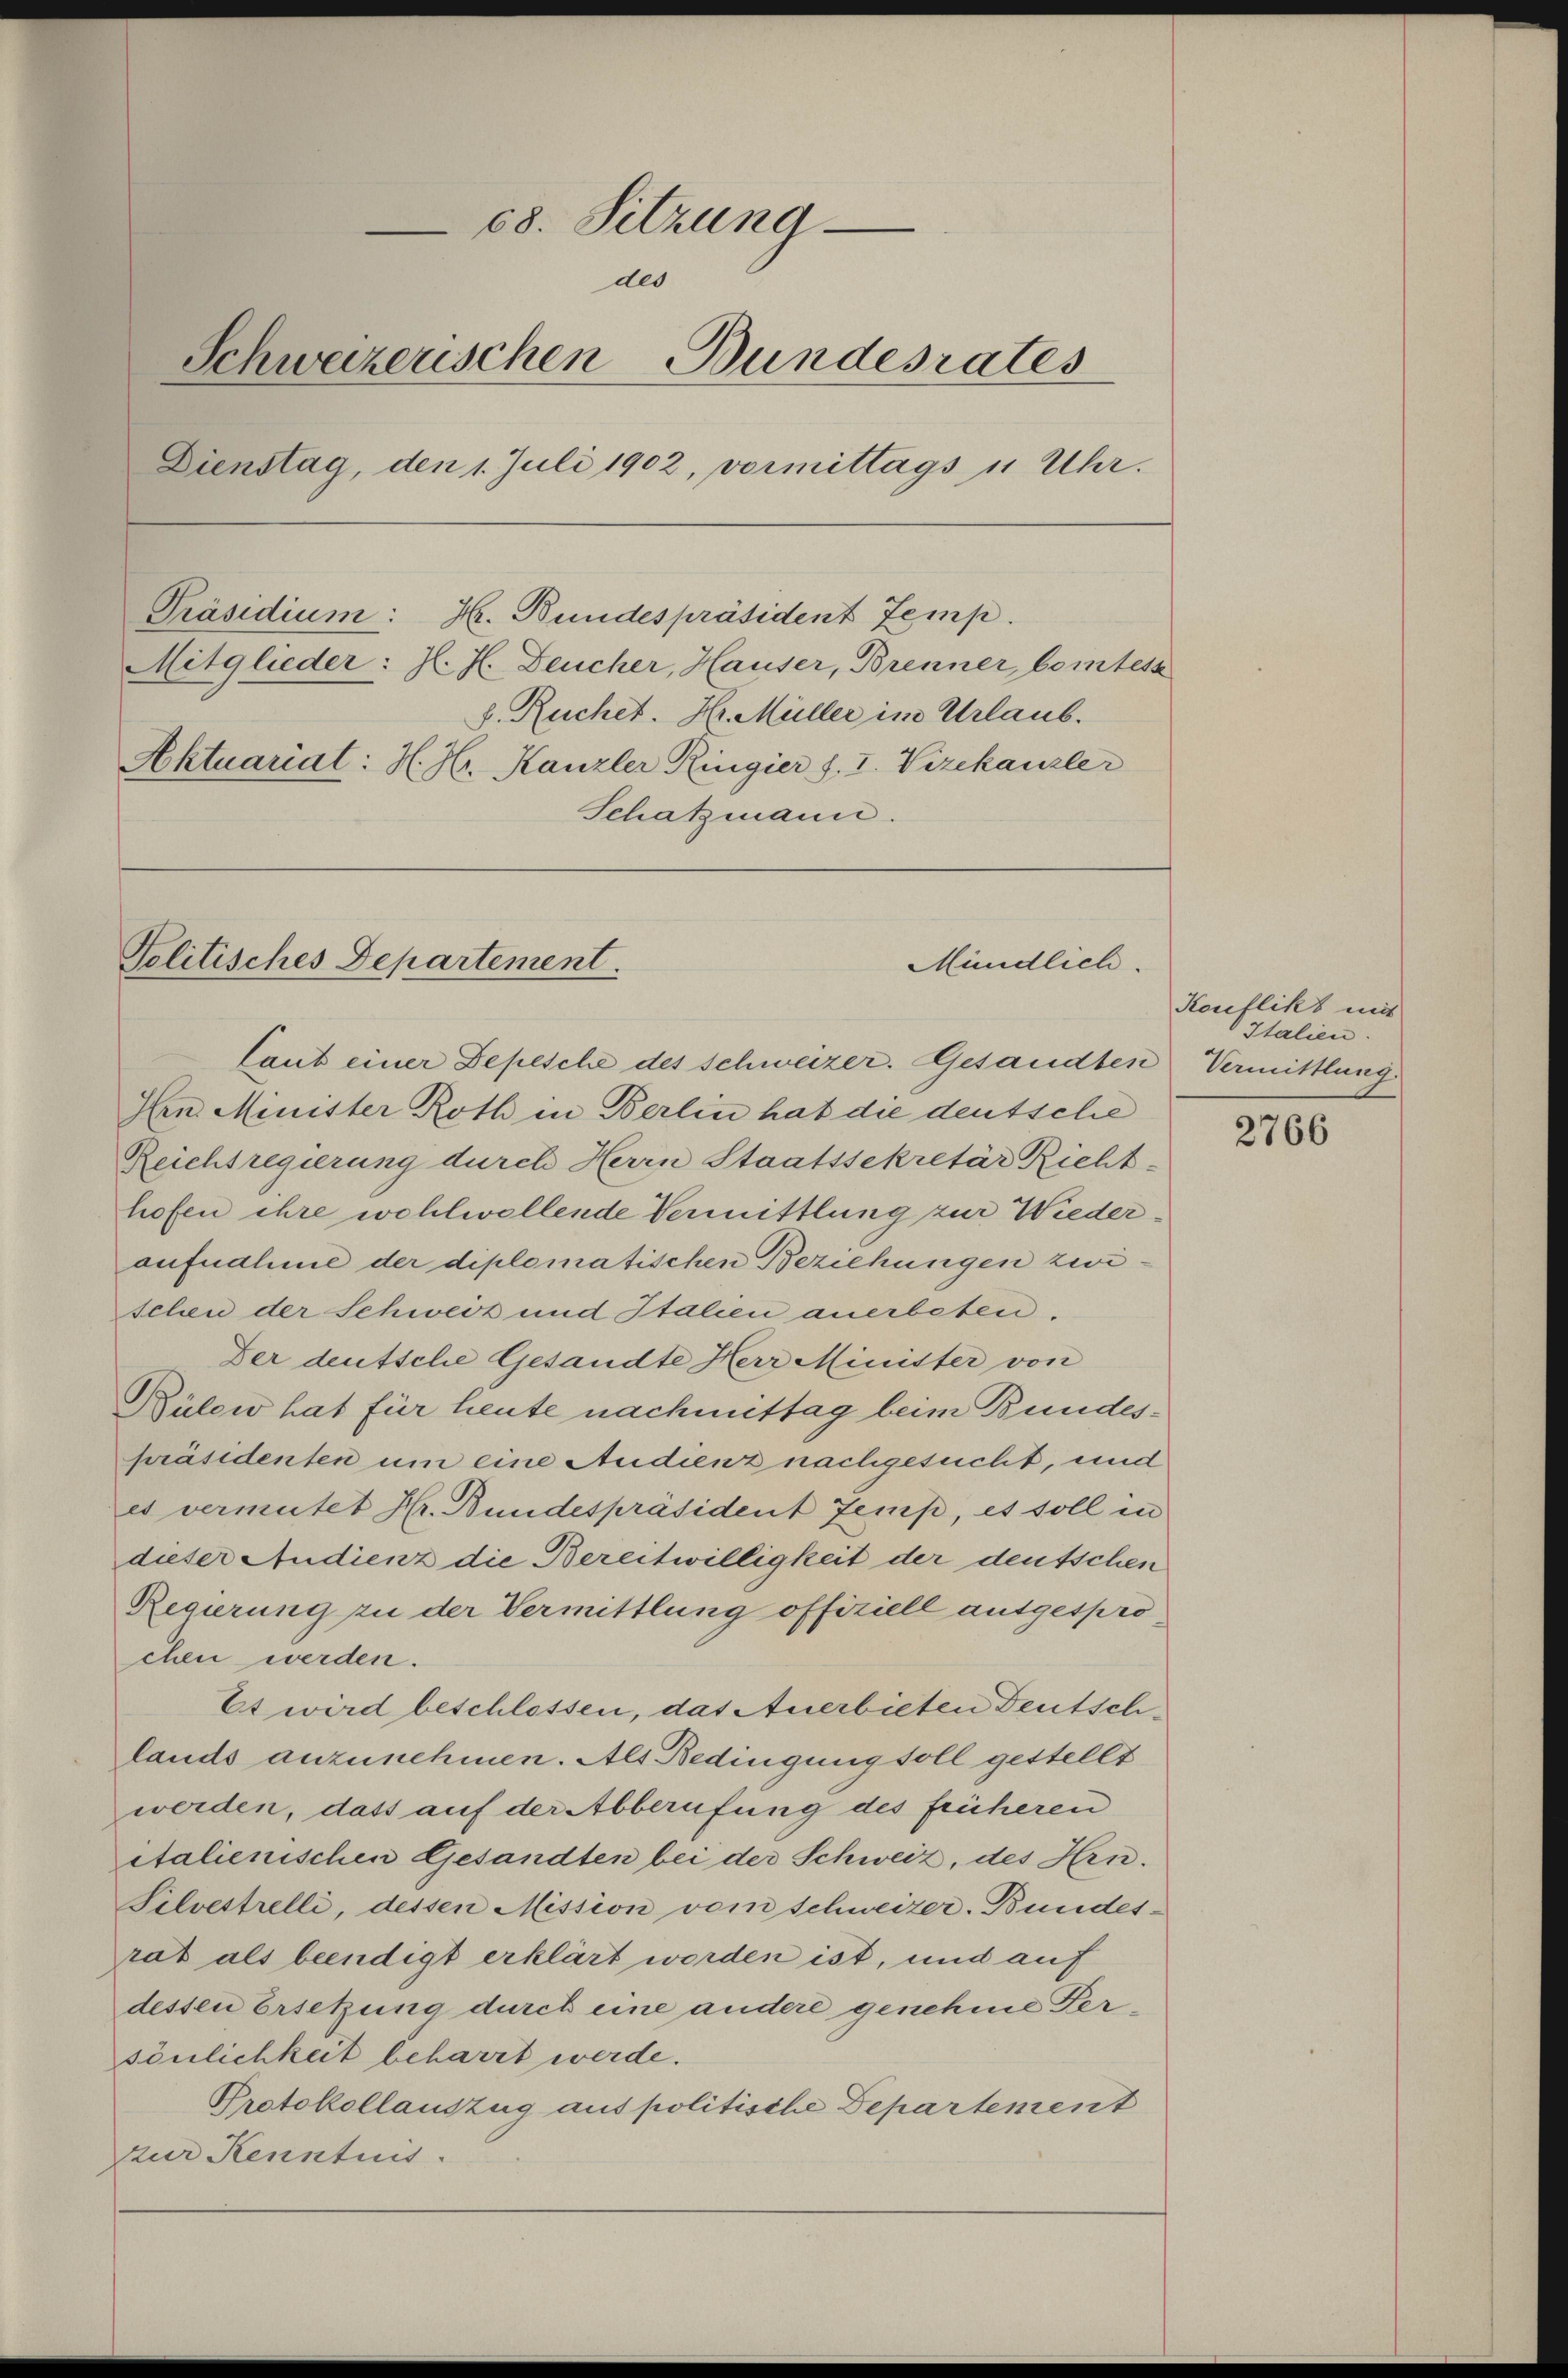
68. Sitzung
des
Schweizerischen Bundesrates
Dienstag, den 1. Juli 1902, vormittags u Uhr.
Präsidium: Hr. Bundespräsident Temp
Mitglieder: H. H. Deucher, Hauser, Brenner, bomtess
8. Ruchet. Hr. Müller im Urlaub.
Aktuariat: H. Hr. Kanzler Ringier J. I. Vizekanzle
Schatzmann.

Politisches Departement.

Mündlich.

Caut einer Depesche des schweizer. Gesandten Vermittlung
Ihrn. Minister Roth in Berlin hat die deutsche
Reichsregierung durch Herrn Staatssekretär Richt-
hofen ihre wohlwollende Vermittlung zur Wiederaufnahme der diplomatischen Beziehungen zwischen der Schweiz und Italien anerbeten.
Der deutsche Gesandte Herr Minister von
Bülow hat für heute nachmittag beim Bundespräsidenten um eine Audienz nachgesucht, und
es vermutet Hr. Bundespräsident Zemp, et soll in
dieser Audienz die Bereitwilligkeit der deutschen
Regierung zu der Vermittlung offiziell ausgespro
chen werden.
Et wird beschlossen, das Anerbieten Deutschlands anzunehmen. Als Bedingung soll gestellt
werden, dass auf der Abberufung des früheren
italienischen Gesandten bei der Schweiz, des Hrn.
Silvestrelli, dessen Mission vom schweizer-Bundes-
rat als beendigt erklärt werden ist, und auf
dessen Ersetzung durch eine andere genehme Persönlichkeit beharrt werde.
Protokollauszug aus politische Departement
zur Kenntnis.

Konflikt mit
Italien.

2766